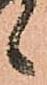
候